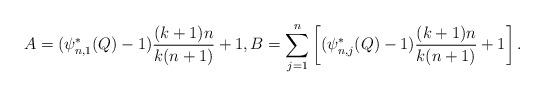
LaTeX: \begin{align*}A=(\psi_{n,1}^{\ast}(Q)-1)\frac{(k+1)n}{k(n+1)}+1, B=\sum_{j=1}^{n} \left[(\psi_{n,j}^{\ast}(Q)-1)\frac{(k+1)n}{k(n+1)}+1\right].\end{align*}